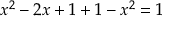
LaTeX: x ^ { 2 } - 2 x + 1 + 1 - x ^ { 2 } = 1